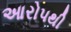
આરોપથી